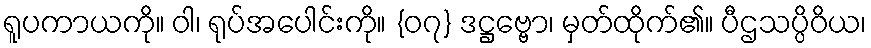
ရူပကာယကို။ ဝါ၊ ရုပ်အပေါင်းကို။ {၀၇} ဒဋ္ဌဗ္ဗော၊ မှတ်ထိုက်၏။ ပီဌသပ္ပိဝိယ၊